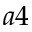
a 4